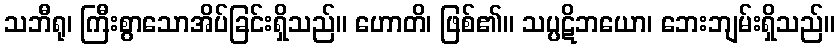
သဘီရု၊ ကြီးစွာသောအိပ်ခြင်းရှိသည်။ ဟောတိ၊ ဖြစ်၏။ သပ္ပဋိဘယော၊ ဘေးဘျမ်းရှိသည်။